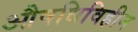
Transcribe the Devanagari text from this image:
औषधिविहीन